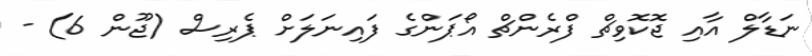
ނަޑާލް އާއި ޖޮކޮވިޗް ފްރެންޗް އޯޕަންގެ ފައިނަލަށް ޕެރިސް (ޖޫން 6) -